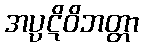
အပ္ပဋိဝိဘတ္တာ